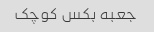
جعبه بکس کوچک